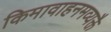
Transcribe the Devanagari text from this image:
किमावाहनमव्यक्तै